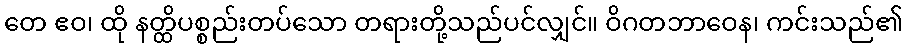
တေ ဧဝ၊ ထို နတ္ထိပစ္စည်းတပ်သော တရားတို့သည်ပင်လျှင်။ ဝိဂတဘာဝေန၊ ကင်းသည်၏